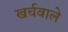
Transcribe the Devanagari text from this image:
खर्चवाले